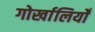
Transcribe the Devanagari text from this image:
गोर्खालियोँ